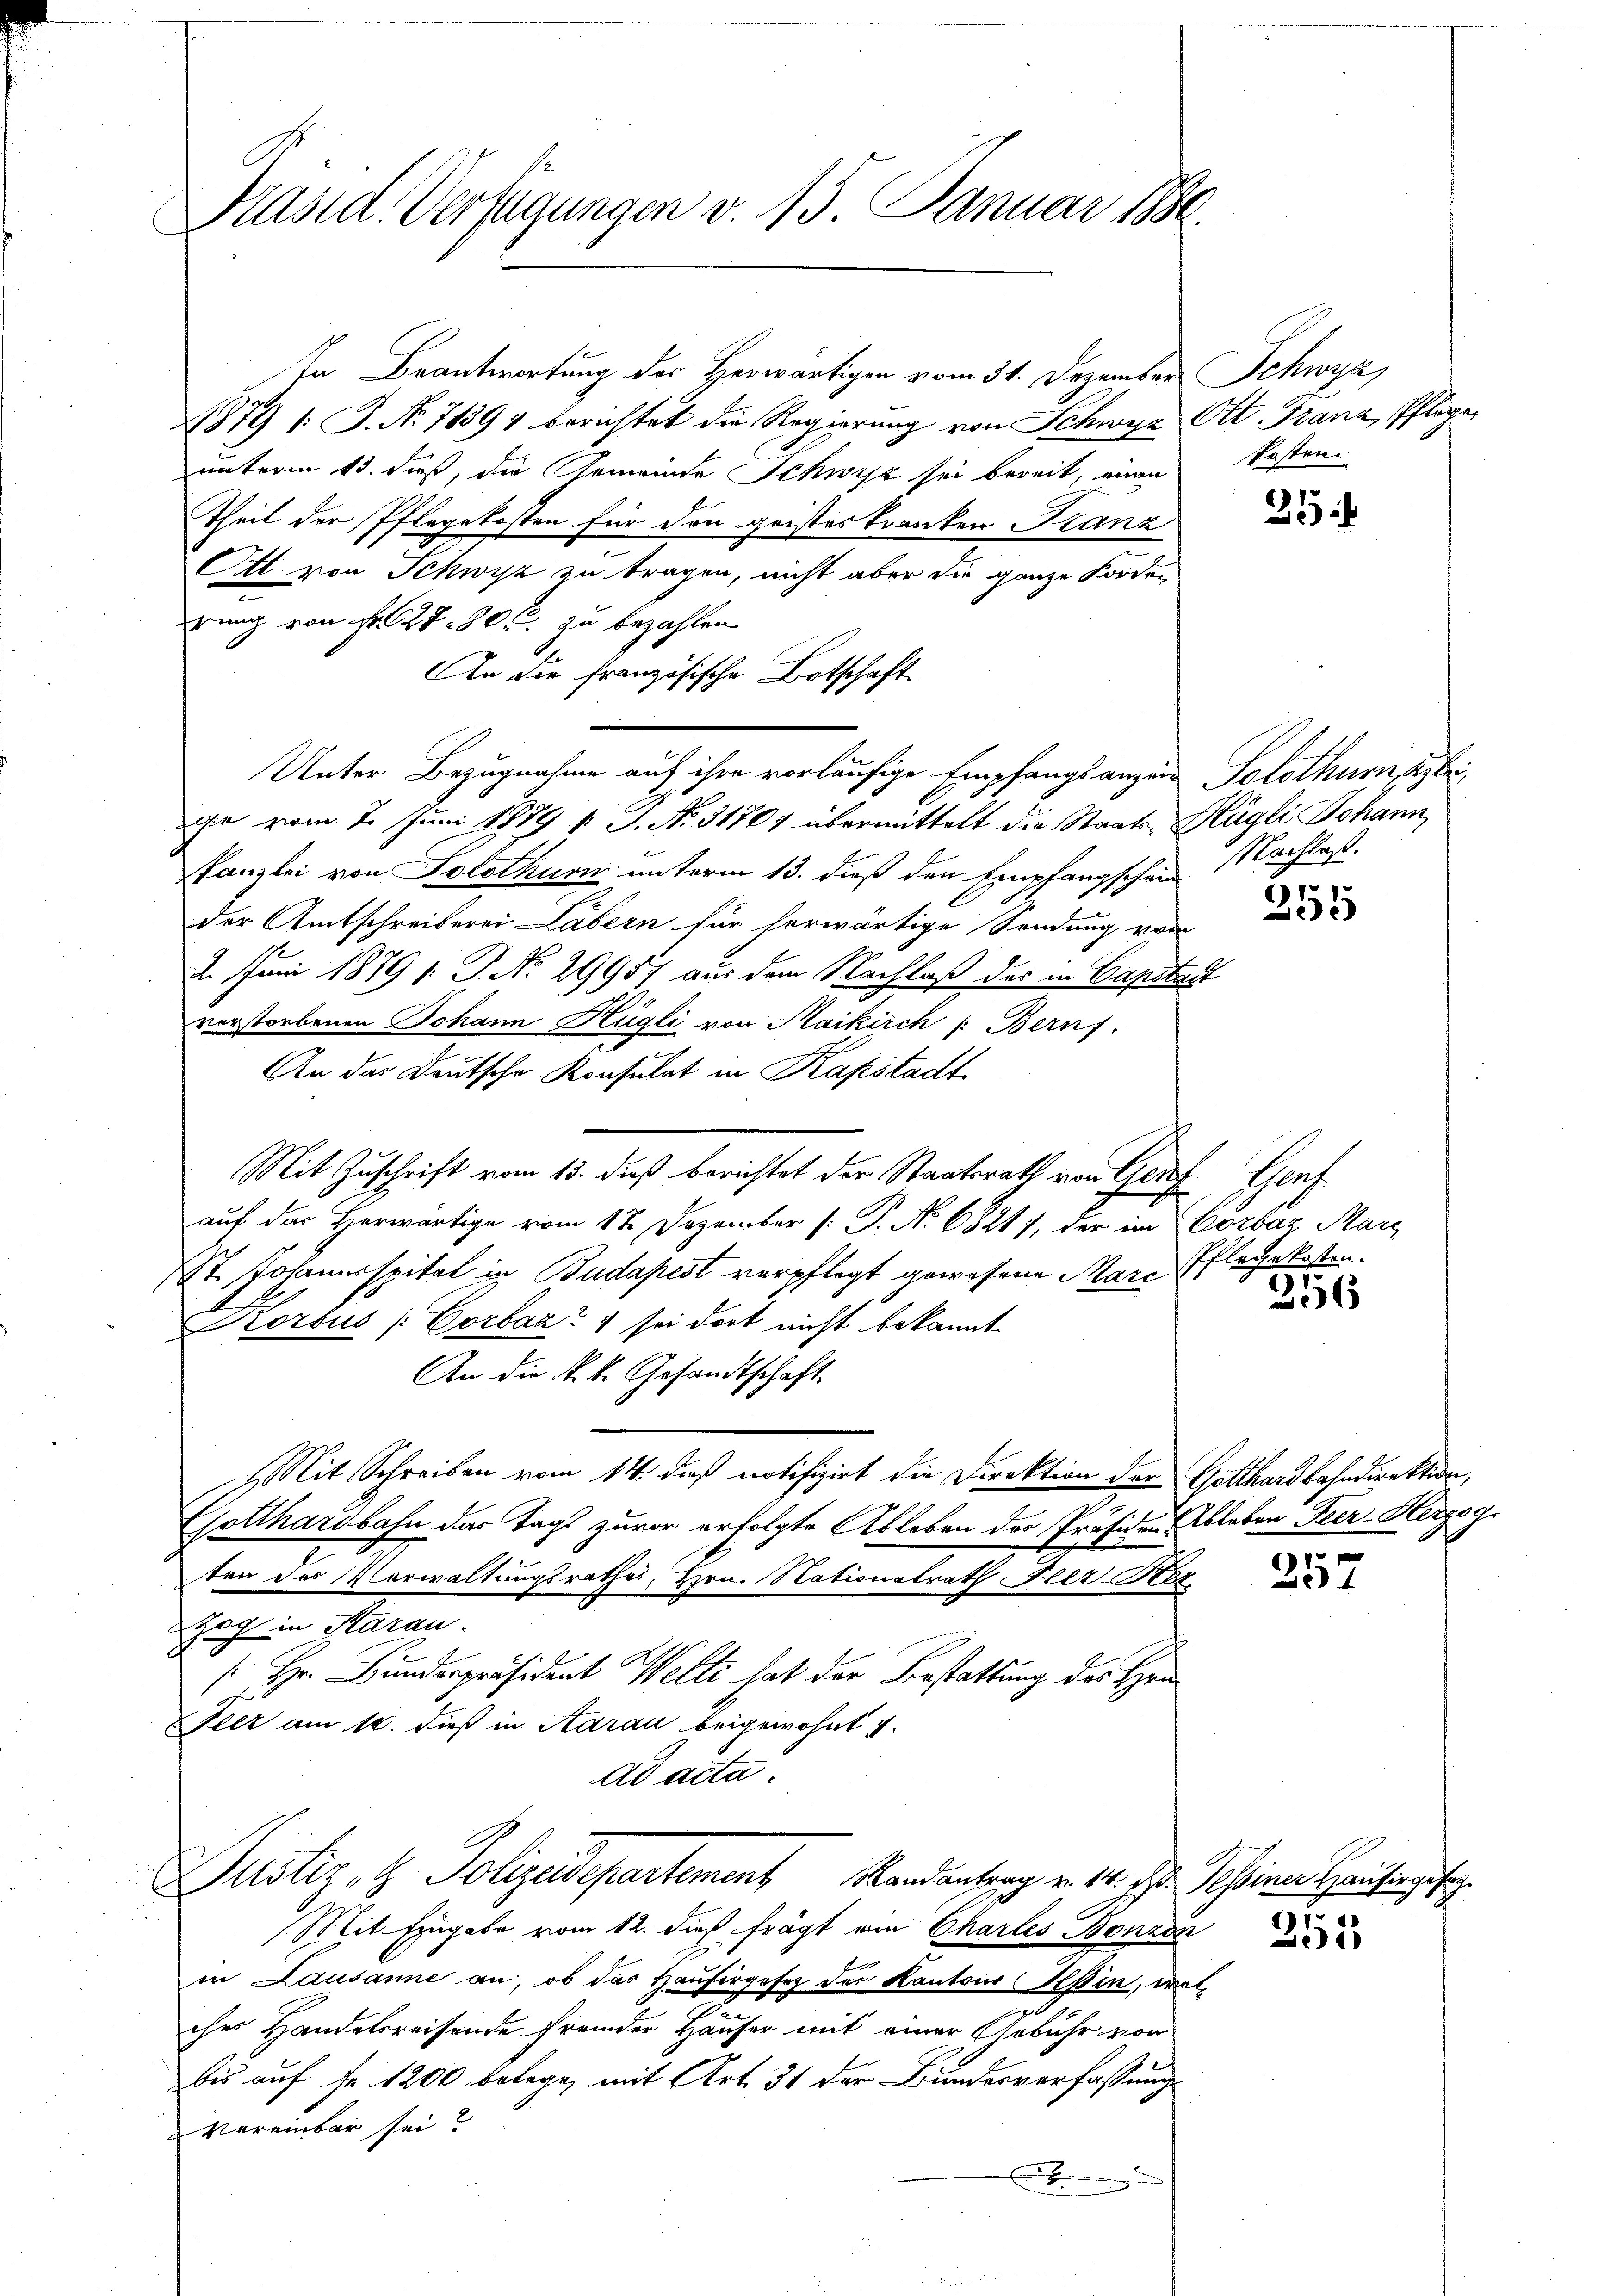
Präsid. Verfügungen v. 15. Januar 1884.

In Beantwortung des Herwärtigen vom 31. Dezember Schwyz,
4879 /: J. No. 71394 berichtet die Regierung von Schwyz Ott Franz, Pflegeunterm 13. dieß, die Gemeinde Schwyz sei bereit, einen
Theil der Pflegekosten für den geisteskranken Franz
Ott von Schwyz zu tragen, nicht aber die ganze Forden
rung von Fr. 27 80 f. zu bezahlen
An die französische Botschaft.
Unter Bezugnahme auf ihre vorläufige Empfangsanzeit Solothurn, abe
je vom 7. Juni 1879 v. J. No. 31707 übermittelt die Staats-Hügli Johann,
kanzlei von Solothurn unterm 13. dieß den Empfangschen Nachlaß.
der Amtschreiberei Labern für herwärtige Sendung von
2. Juni 1879 1: P. No. 29957 aus dem Nachlaß des in Capitalt
vorstorbenen Johann Hügli von Maikirch Bernf
An das Deutsche Konsulat in Kapstadt-
Mit Zuschrift vom 15. dieß berichtet der Staatsrath von Genf Genf
auf das Herwärtige vom 12 Dezember (: P. Nr. 6821, der im Corbaz Mari
XI. Johannsspital in Budapest verpflegt gewesene Mare Pflegekosten.
Korbus (Corbaa? 4 sei dort nicht bekannt
An die k. k. Gesandtschaft
Mit Schreiben vom 14. daß notifizirt die Direktion der Gotthardbahndirektion,
Gotthardbahn das Tags zuvor erfolgte Ableben des Präsiden Ableben Feer- Herzog.
ten des Vorwaltungsrathes, Hrn. Nationalrath Feez-Ster
zog in Aarau
 Hr. Bunderpräsident Welti hat der Bestattung des Her
Fler am 16. dieß in Aarau beigewohnt u.
ad acta.

Justiz- & Polizeidepartement andantrag v. 14. ds. Seinen Hausergesehe

Mit Eingabe vom 12. dieß frägt am Charles Bonzon
in Lausanne an, ob das Hausirgesetz des Kantons Teßin, welches Handelsreisende fremder Häuser mit einer Gebühr von
bis auf Fr. 1200 belege, mit Art. 31 der Bundesverfassung
Vereinbar sei?
x

kosten.

31

61
2

256

257

1
3